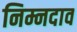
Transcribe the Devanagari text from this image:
निम्नदाव